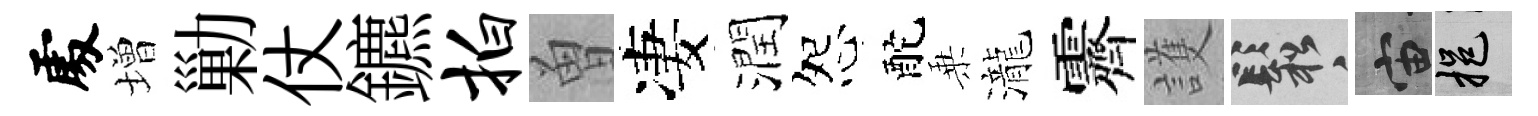
𠁅増勦仗鑣拍曽凄潤怨酡乗瀧霽護鬆宙挹